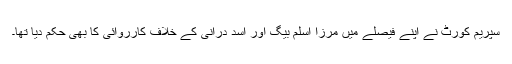
سپریم کورٹ نے اپنے فیصلے میں مرزا اسلم بیگ اور اسد درانی کے خلاف کارروائی کا بھی حکم دیا تھا۔